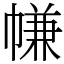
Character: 㡘